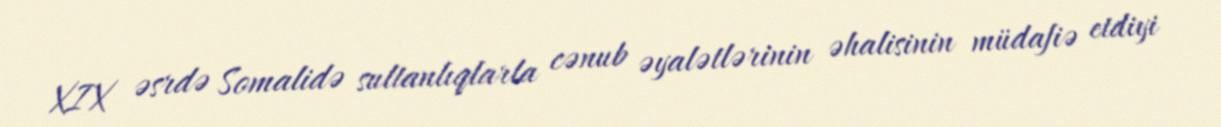
XIX əsrdə Somalidə sultanlıqlarla cənub əyalətlərinin əhalisinin müdafiə etdiyi